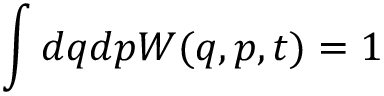
\int d q d p W ( q , p , t ) = 1